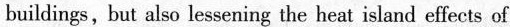
buildings, but also lessening the heat island effects of